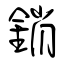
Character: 銷